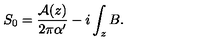
S _ { 0 } = \frac { { \cal A } ( z ) } { 2 \pi \alpha ^ { \prime } } - i \int _ { z } B .